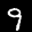
Label: 9